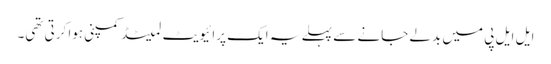
ایل ایل پی میں بدلے جانے سے پہلے یہ ایک پرائیویٹ لمیٹڈ کمپنی ہوا کرتی تھی۔